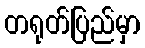
တရုတ်ပြည်မှာ